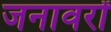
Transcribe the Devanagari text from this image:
जनावरों